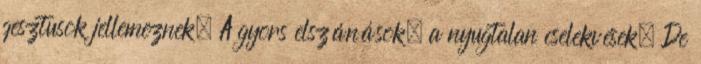
gesztusok jellemeznek. A gyors elszánások, a nyugtalan cselekvések. De